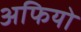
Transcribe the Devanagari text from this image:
अफियो